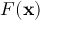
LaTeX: F ( \mathbf { x } )